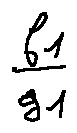
\frac { f _ { 1 } } { g _ { 1 } }